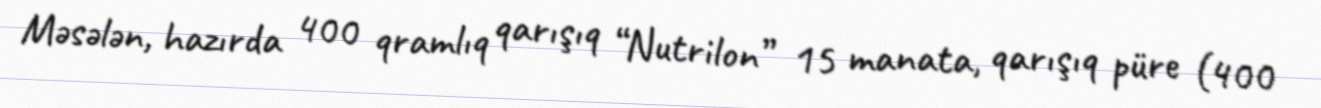
Məsələn, hazırda 400 qramlıq qarışıq “Nutrilon” 15 manata, qarışıq püre (400